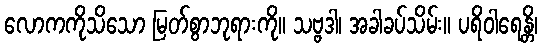
လောကကိုသိသော မြတ်စွာဘုရားကို။ သဗ္ဗဒါ၊ အခါခပ်သိမ်း။ ပရိဝါရေန္တိ၊